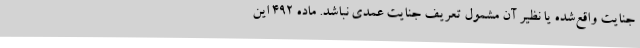
جنایت واقع‌شده یا نظیر آن مشمول تعریف جنایت عمدی نباشد. ماده ۴۹۲ این